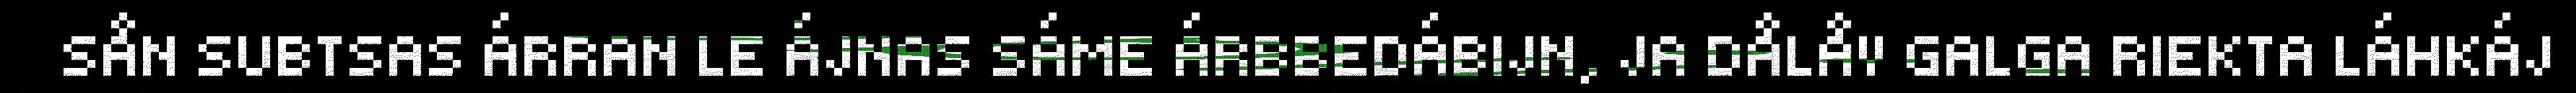
SÅN SUBTSAS ÁRRAN LE ÁJNAS SÁME ÁRBBEDÁBIJN, JA DÅLÅV GALGA RIEKTA LÁHKÁJ